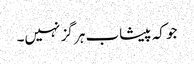
جو کہ پیشاب ہر گز نہیں۔